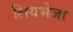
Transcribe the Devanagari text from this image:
लियभेजा